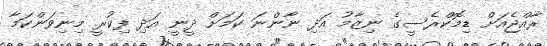
ރާއްޖެއަށް ޑިމޮކްރެސީގެ ނިޒާމު އަދި ނާންނަ ކަމަށް ދީނީ އަދި ފިކުރީ މިނިވަންކަމާ